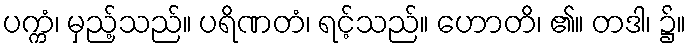
ပက္ကံ၊ မှည့်သည်။ ပရိဏတံ၊ ရင့်သည်။ ဟောတိ၊ ၏။ တဒါ၊ ၌။